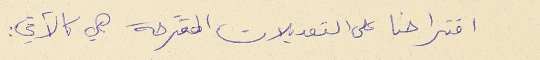
اقتراحنا على التعديلات المقترحة هي كالآتي: